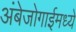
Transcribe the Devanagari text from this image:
अंबेजोगाईमध्ये